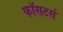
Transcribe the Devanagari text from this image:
फॉसटर्स